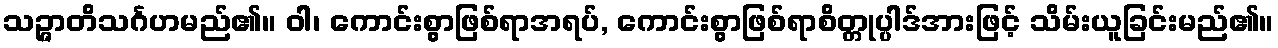
သဉ္ဇာတိသင်္ဂဟမည်၏။ ဝါ၊ ကောင်းစွာဖြစ်ရာအရပ်, ကောင်းစွာဖြစ်ရာစိတ္တုပ္ပါဒ်အားဖြင့် သိမ်းယူခြင်းမည်၏။